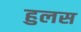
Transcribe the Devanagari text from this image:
हुलस